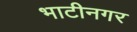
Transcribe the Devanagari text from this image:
भाटीनगर